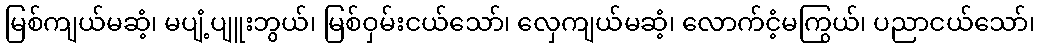
မြစ်ကျယ်မဆံ့၊ မပျံ့ပျူးဘွယ်၊ မြစ်ဝှမ်းငယ်သော်၊ လှေကျယ်မဆံ့၊ လောက်ငံ့မကြွယ်၊ ပညာငယ်သော်၊